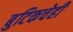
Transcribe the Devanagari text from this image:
बुटिकचेही